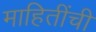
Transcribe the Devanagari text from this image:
माहितींची